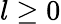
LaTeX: l\ge 0